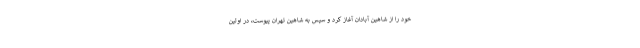
خود را از شاهین آبادان آغاز کرد و سپس به شاهین تهران پیوست، در اولین